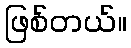
ဖြစ်တယ်။